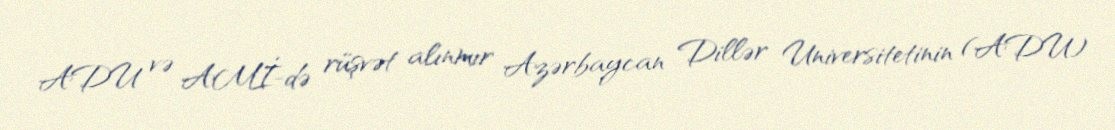
ADU və AMİ-də rüşvət alınmır Azərbaycan Dillər Universitetinin (ADU)